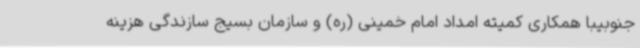
جنوبیبا همکاری کمیته امداد امام خمینی (ره) و سازمان بسیج سازندگی هزینه